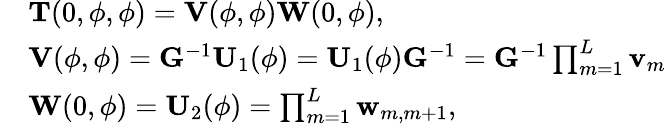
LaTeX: \begin{array}{rl}&{\mathbf{T}(0,\phi,\phi)=\mathbf{V}(\phi,\phi)\mathbf{W}(0,\phi),}\\ &{\mathbf{V}(\phi,\phi)=\mathbf{G}^{-1}\mathbf{U}_{1}(\phi)=\mathbf{U}_{1}(\phi)\mathbf{G}^{-1}=\mathbf{G}^{-1}\prod_{m=1}^{L}\mathbf{v}_{m}}\\ &{\mathbf{W}(0,\phi)=\mathbf{U}_{2}(\phi)=\prod_{m=1}^{L}\mathbf{w}_{m,m+1},}\end{array}